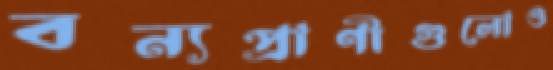
বন্যপ্রাণীগুলোও